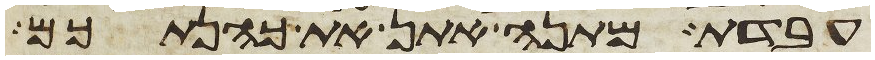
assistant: עבדת מתנה אתן את כהנתכם